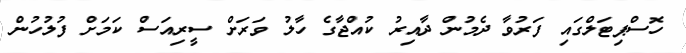
ހޮސްޕިޓަލްގައި ފަރުވާ ދެމުން ދާއިރު ކުއްޖާގެ ހާލު ވަރަށް ސީރިއަސް ކަމަށް ފުލުހުން